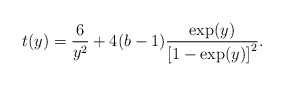
\begin{align*}t(y) = \frac{6}{y^2} + 4(b-1) \frac{\exp(y)}{\left[ 1-\exp(y)\right]^2} .\end{align*}